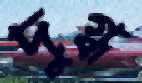
দুগ্ধ